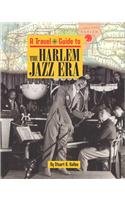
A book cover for Harlem Jazz Era (Travel Guide to); Stuart A. Kallen; Teen & Young Adult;